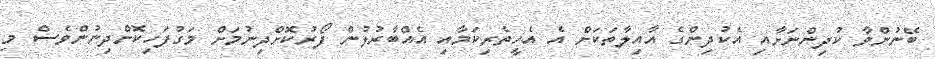
ބޭނުންވާ ކުދިންނަށާއި އެކުދިންގެ އާއިލާތަކަށް އެ އެހީތެރިކަމާއި އެއްބާރުލުން ފޯރުކޮށްދިނުމަށް މަގުފަހިކޮށްދިނުންވެސް މި